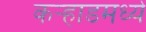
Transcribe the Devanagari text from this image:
कर्‍हाडमध्ये